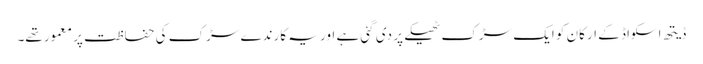
ڈیتھ اسکواڈ کے ارکان کو ایک سڑک ٹھیکے پر دی گئی ہے اور یہ کارندے سڑک کی حفاظت پر معمور تھے۔